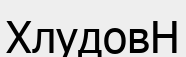
ХлудовН